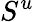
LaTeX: S^{u}